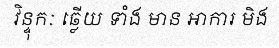
វិន្ទុកៈ ឆ្លើយ ទាំង មាន អាការ មិង